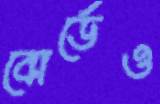
বোর্ডেও